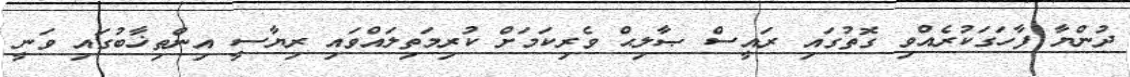
ދުންޔާ ފާހަގަކުރެއްވި ގޮތުގައި ރައީސް ޞާލިޙް ވެރިކަމަށް ކުރިމަތިލައްވައި ރިޔާސީ އިންތިޚާބުގައި ވަނީ